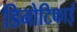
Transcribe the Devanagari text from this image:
डिनोटिफाई